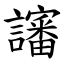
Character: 讅